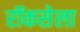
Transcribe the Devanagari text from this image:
रॉकसेला